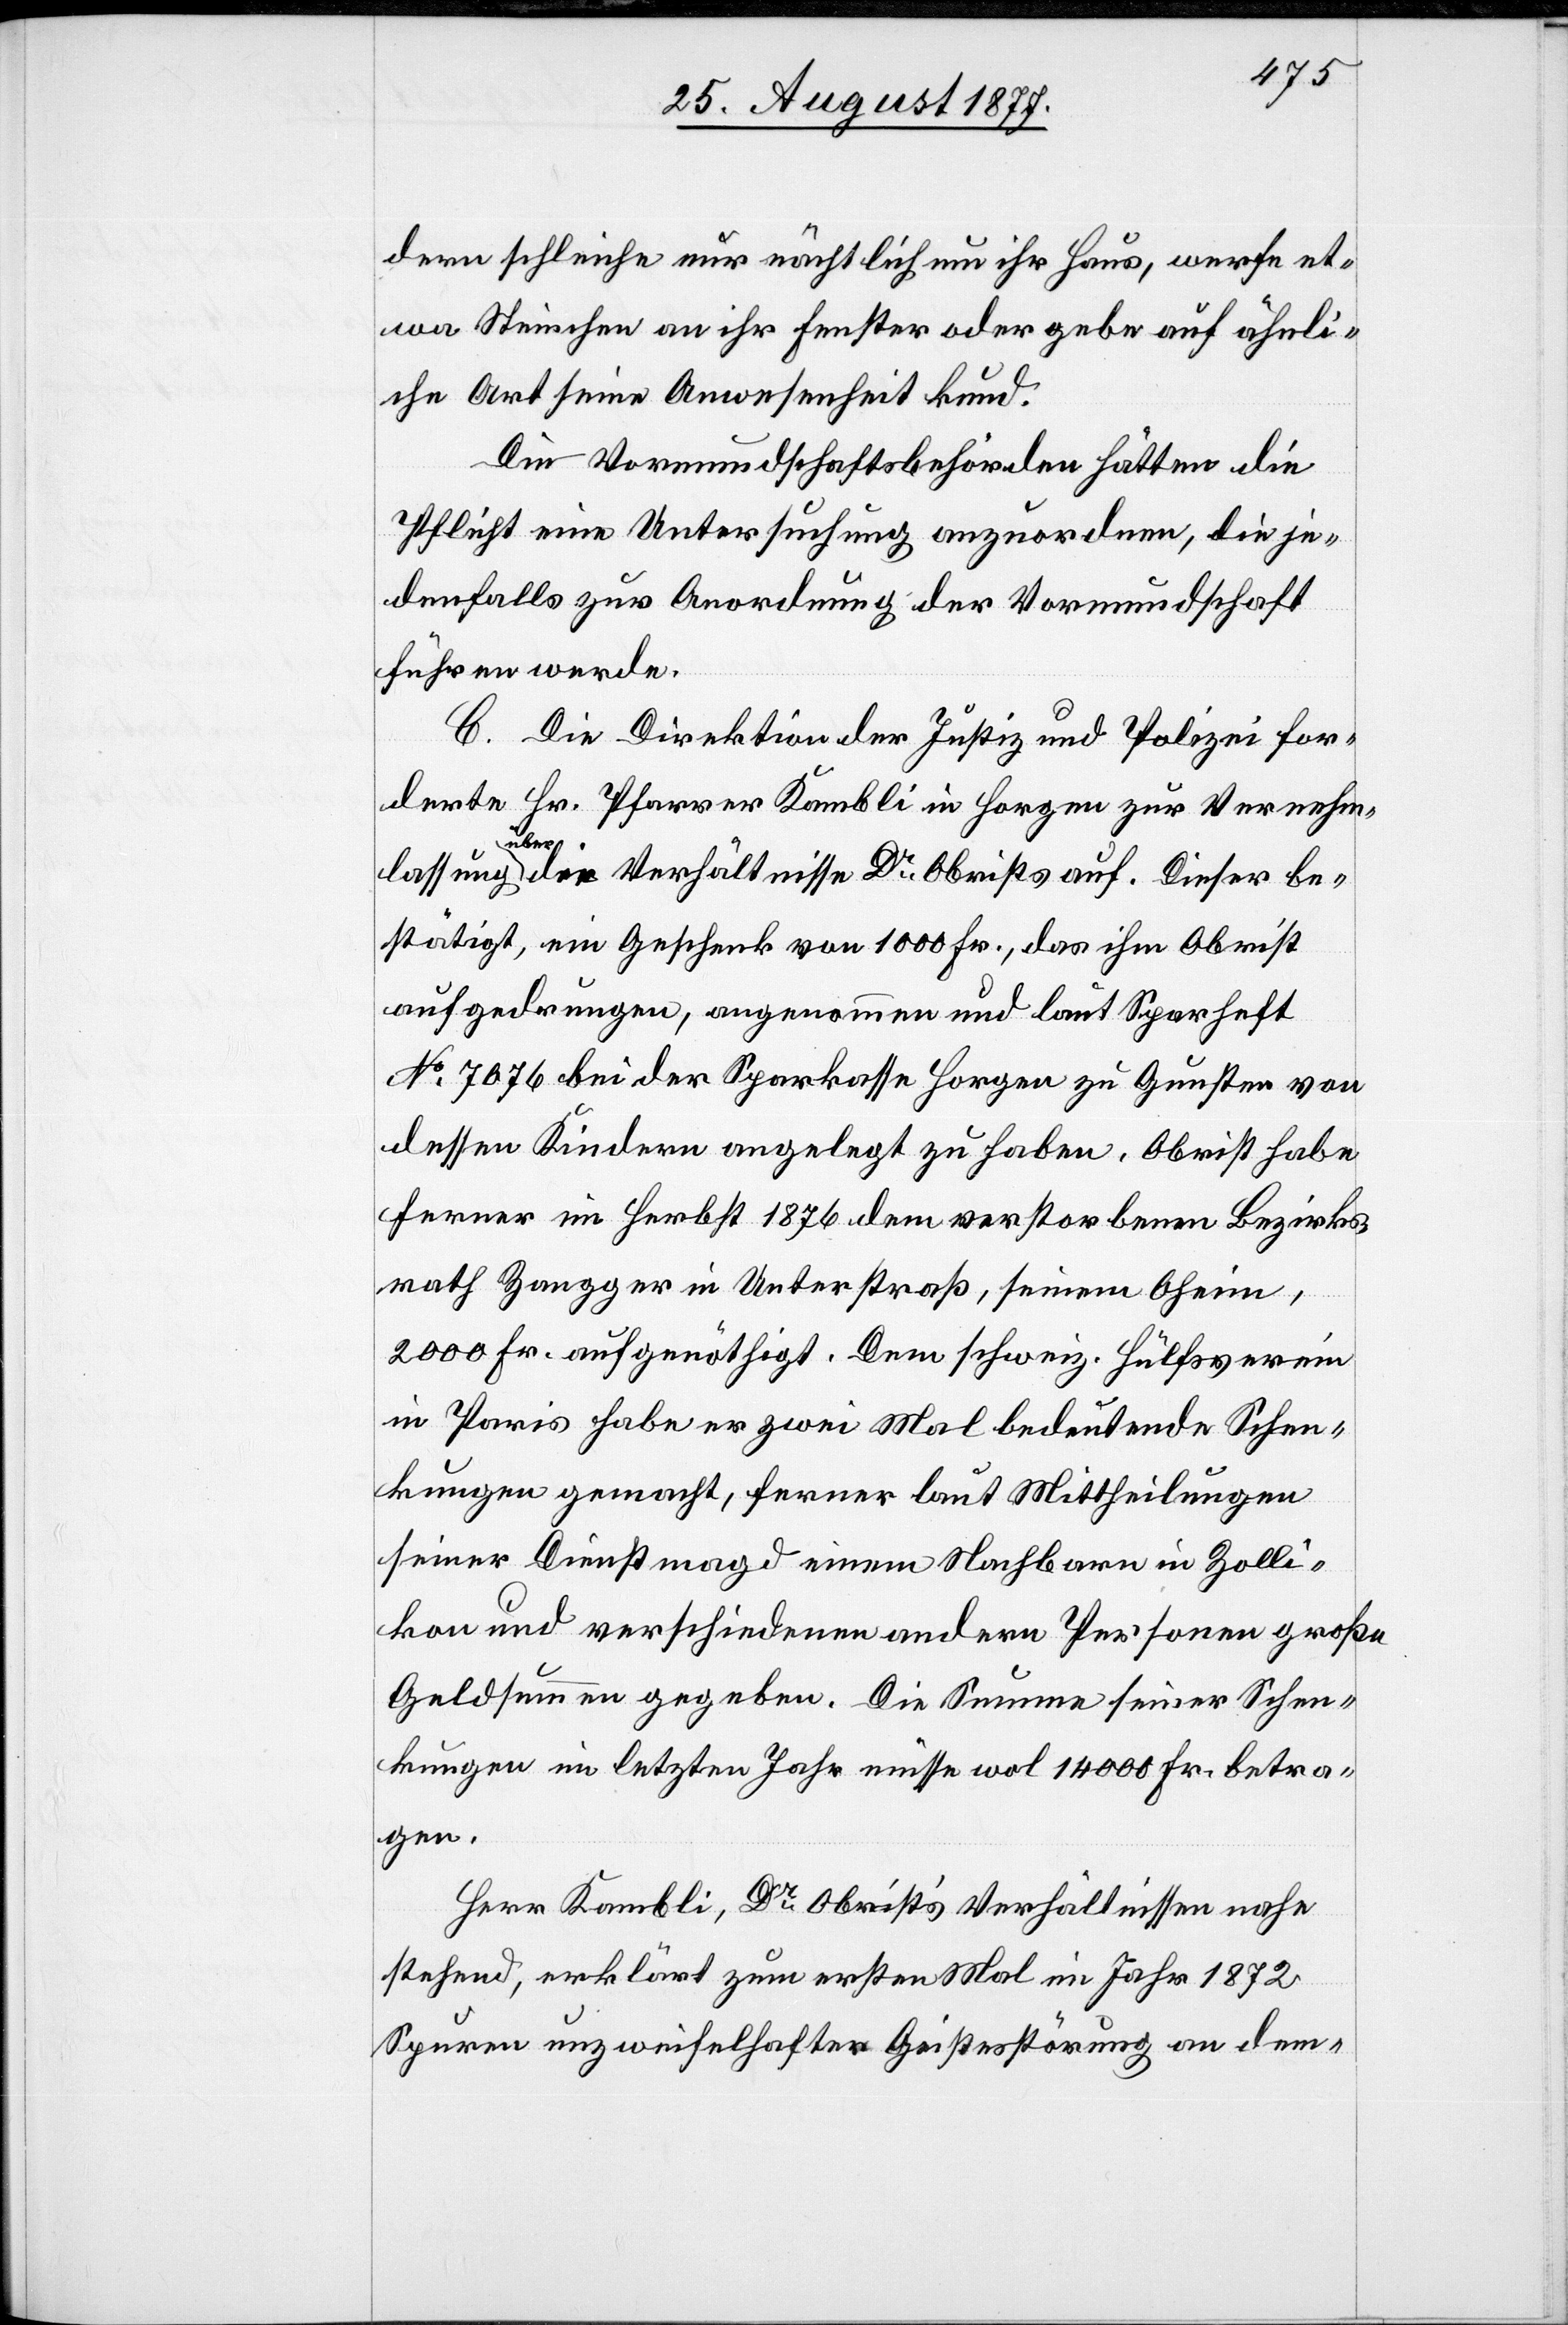
dern schleiche nur nächtlich um ihr Haus, werfe et¬
wa Steinchen an ihr Fenster oder gebe auf ähnli¬
che Art seine Anwesenheit kund.
Die Vormundschaftsbehörden hätten die
Pflicht eine Untersuchung anzuordnen, die je¬
denfalls zur Anordnung der Vormundschaft
führen werde.
C. Die Direktion der Justiz und Polizei for¬
derte Hr. Pfarrer Kambli in Horgen zur Vernehm¬
lassung über die Verhältnisse Dr Obrists auf. Dieser be¬
stätigt, ein Geschenk von 1000 Fr., das ihm Obrist
aufgedrungen, angenommen und laut Sparheft
No 7076 bei der Sparkasse Horgen zu Gunsten von
dessen Kindern angelegt zu haben. Obrist habe
ferner im Herbst 1876 dem verstorbenen Bezirks¬
rath Zangger in Unterstraß, seinem Oheim,
2000 Fr. aufgenöthigt. Dem schweiz. Hülfsverein
in Paris habe er zwei Mal bedeutende Schen¬
kungen gemacht, ferner laut Mittheilungen
seiner Dienstmagd einem Nachbarn in Zolli¬
kon und verschiedenen andern Personen große
Geldsummen gegeben. Die Summe seiner Schen¬
kungen im letzten Jahr müsse wol 14 000 Fr. betra¬
gen.
Herr Kambli, Dr Obrist’s Verhältnissen nahe
stehend, erklärt zum ersten Mal im Jahr 1872
Spuren unzweifelhafter Geistesstörung an dem-